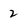
Character: 2